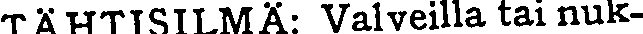
TÄHTISILMÄ: Valveilla tai nuk-